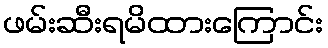
ဖမ်းဆီးရမိထားကြောင်း